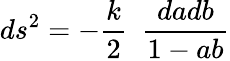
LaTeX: ds^{2}=-\frac{k}{2}\ \ \frac{dadb}{1-ab}